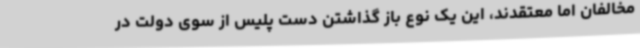
مخالفان اما معتقدند، این یک نوع باز گذاشتن دست پلیس از سوی دولت در